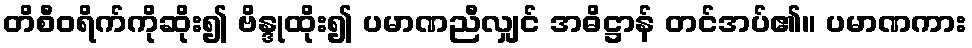
တိစီဝရိက်ကိုဆိုး၍ ဗိန္ဒုထိုး၍ ပမာဏညီလျှင် အဓိဋ္ဌာန် တင်အပ်၏။ ပမာဏကား